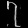
Digit: ၇